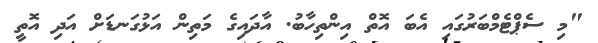
"މި ސެޕްޓެމްބަރުގައި އެބަ އޮތް އިންްތިހާބު. އާދައިގެ މަތިން އަޅުގަނޑަށް އަދި އޮތީ